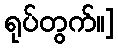
ရုပ်တွက်။]